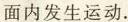
面内发生运动.